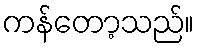
ကန်တော့သည်။